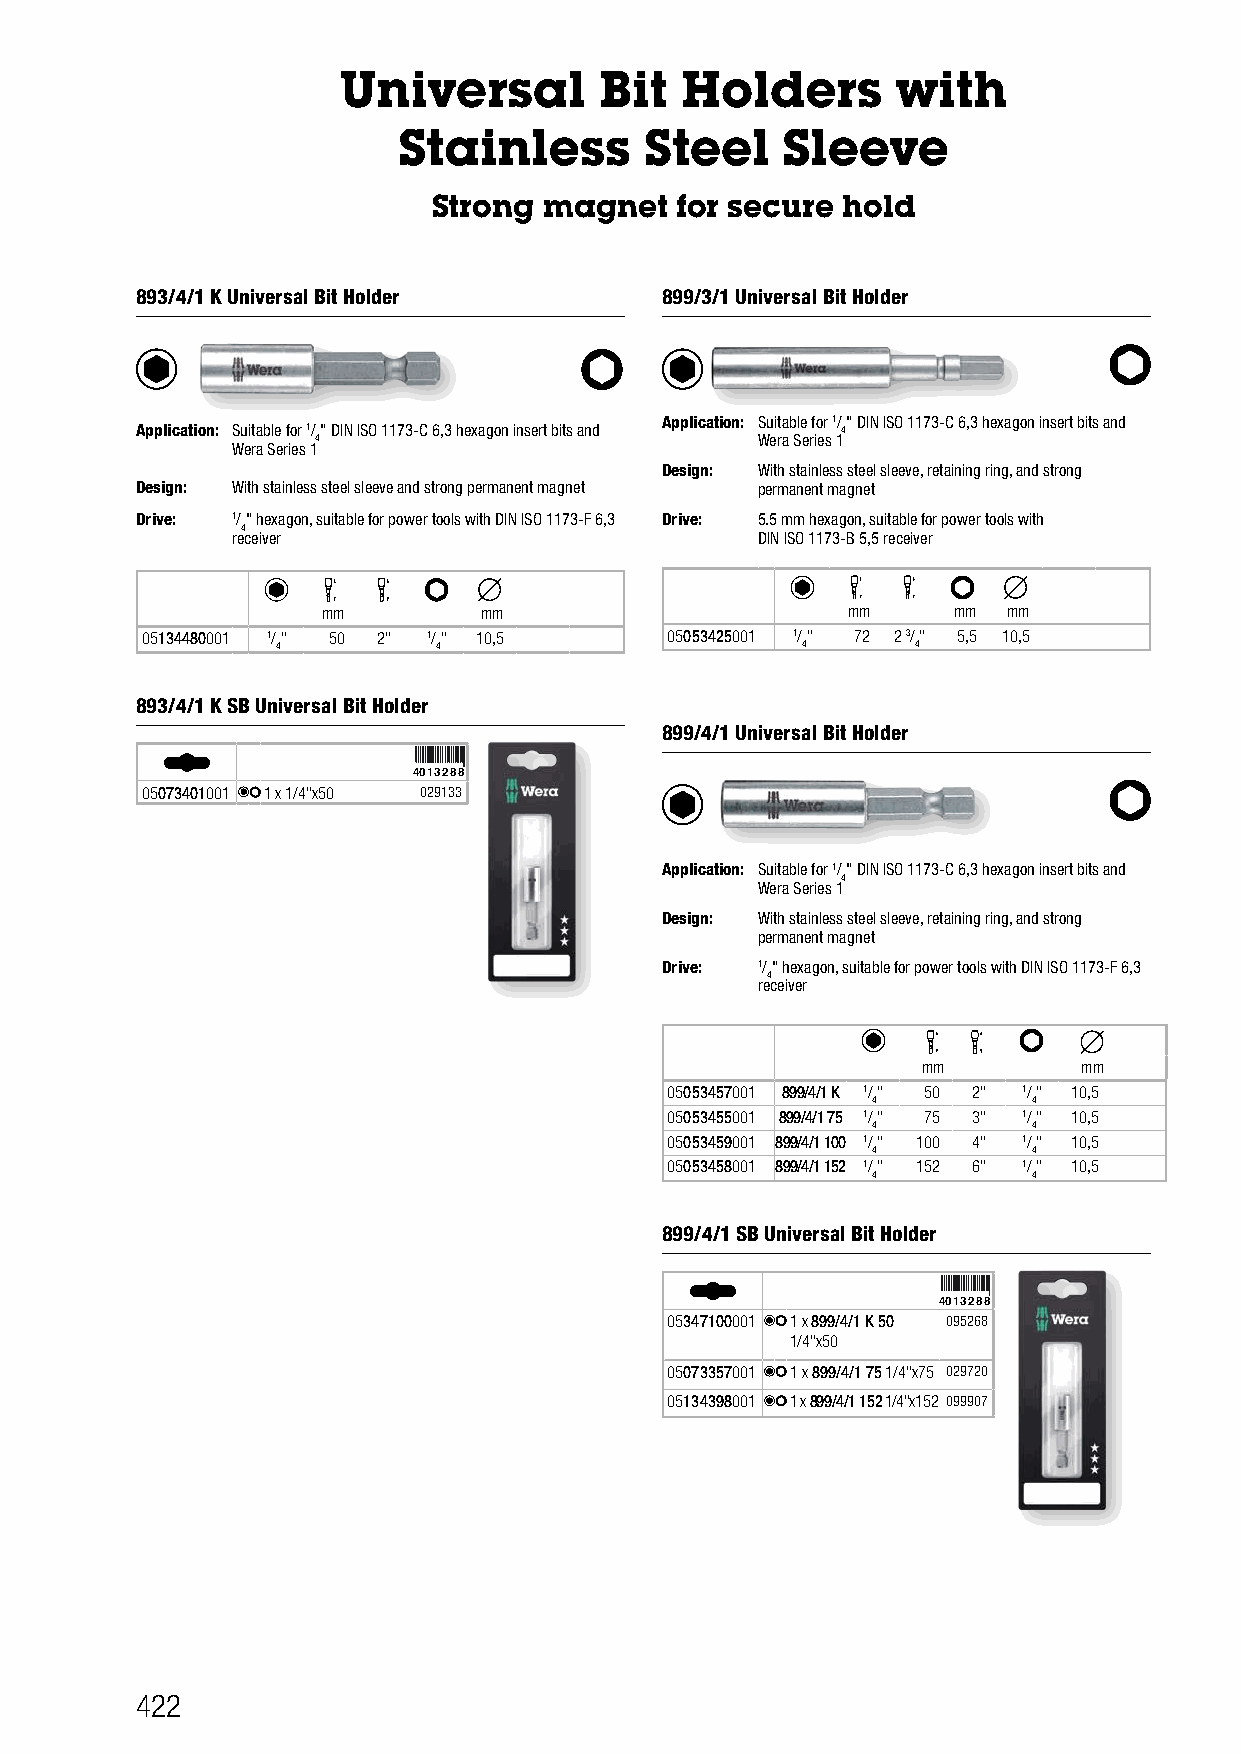
Universal         Bit  Holders       with
 Stainless        Steel    Sleeve
 Strong magnet   for secure hold
 893/4/1 K Universal Bit Holder     899/3/1 Universal Bit Holder
 Application: Suitable for 1/" DIN ISO 1173-C 6,3 hexagon insert bits and
 Application: Suitable for 1/" DIN ISO 1173-C 6,3 hexagon insert bits and 4
 4                            Wera Series 1
 Wera Series 1
 Design: With stainless steel sleeve, retaining ring, and strong
 Design: With stainless steel sleeve and strong permanent magnet permanent magnet
 Drive: 1/" hexagon, suitable for power tools with DIN ISO 1173-F 6,3 Drive: 5.5 mm hexagon, suitable for power tools with
 4
 receiver                           DIN ISO 1173-B 5,5 receiver
 mm         mm                      mm     mm  mm
 05134480001 1/" 50 2" 1/" 10,5     05053425001 1/" 72 2 3/" 5,5 10,5
 4          4                       4       4
 893/4/1 K SB Universal Bit Holder
 899/4/1 Universal Bit Holder
 4013288
 05073401001 1 x 1/4"x50 029133
 Application: Suitable for 1/" DIN ISO 1173-C 6,3 hexagon insert bits and
 4
 Wera Series 1
 Design: With stainless steel sleeve, retaining ring, and strong
 permanent magnet
 Drive: 1/" hexagon, suitable for power tools with DIN ISO 1173-F 6,3
 4
 receiver
 mm         mm
 05053457001 899/4/1 K 1/" 50 2" 1/" 10,5
 4         4
 05053455001 899/4/1 75 1/" 75 3" 1/" 10,5
 4         4
 05053459001 899/4/1 100 1/" 100 4" 1/" 10,5
 4         4
 05053458001 899/4/1 152 1/" 152 6" 1/" 10,5
 4         4
 899/4/1 SB Universal Bit Holder
 4013288
 05347100001 1 x 899/4/1 K 50 095268
 1/4"x50
 05073357001 1 x 899/4/1 75 1/4"x75 029720
 05134398001 1 x 899/4/1 152 1/4"x152 099907
 422